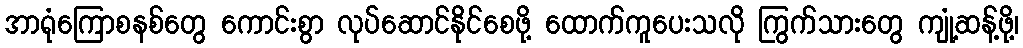
အာရုံကြောစနစ်တွေ ကောင်းစွာ လုပ်ဆောင်နိုင်စေဖို့ ထောက်ကူပေးသလို ကြွက်သားတွေ ကျုံ့ဆန့်ဖို့၊